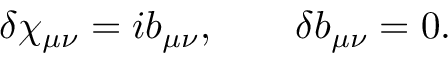
\delta \chi _ { \mu \nu } = i b _ { \mu \nu } , \qquad \delta b _ { \mu \nu } = 0 .